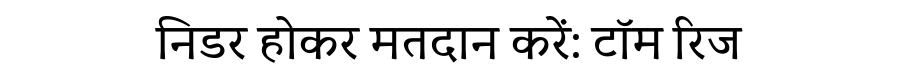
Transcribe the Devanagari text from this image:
निडर होकर मतदान करें: टॉम रिज